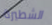
الشطيرة